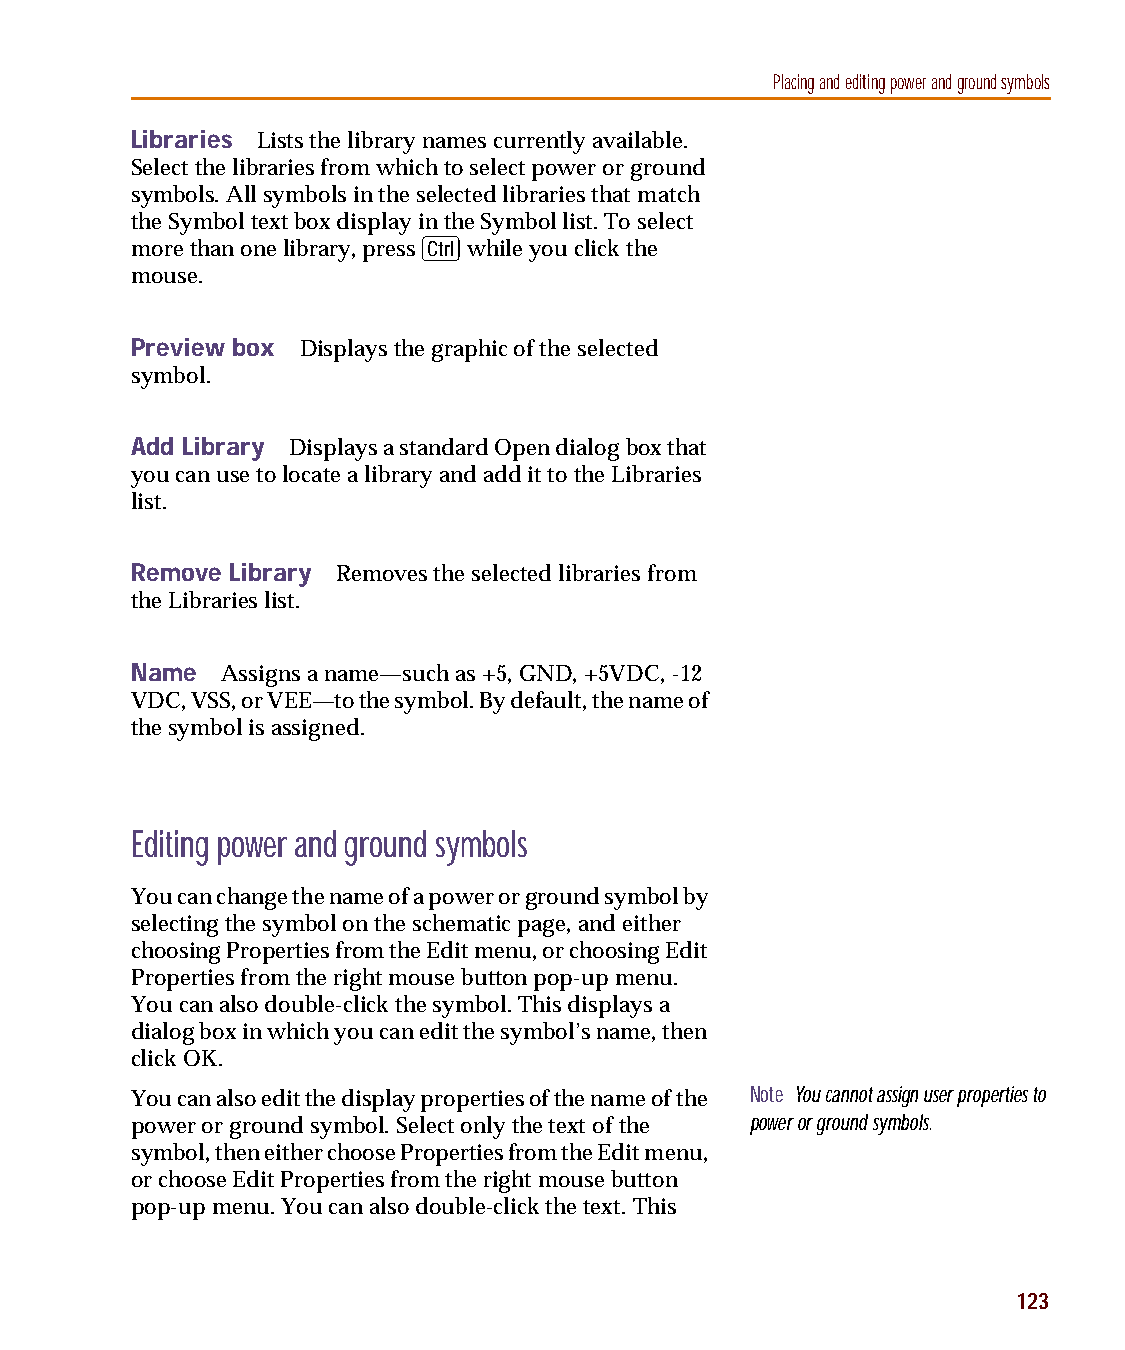
capug.book Page 123 Thursday, November 12, 1998 3:38 PM
 Placing and editing power and ground symbols
 Libraries Lists the library names currently available.
 Select the libraries from which to select power or ground
 symbols. All symbols in the selected libraries that match
 the Symbol text box display in the Symbol list. To select
 C
 more than one library, press while you click the
 mouse.
 Preview box Displays the graphic of the selected
 symbol.
 Add Library Displays a standard Open dialog box that
 you can use to locate a library and add it to the Libraries
 list.
 Remove Library Removes the selected libraries from
 the Libraries list.
 Name  Assigns a name—such as +5, GND, +5VDC, -12
 VDC, VSS, or VEE—to the symbol. By default, the name of
 the symbol is assigned.
 Editing power and ground symbols
 You can change the name of a power or ground symbol by
 selecting the symbol on the schematic page, and either
 choosing Properties from the Edit menu, or choosing Edit
 Properties from the right mouse button pop-up menu.
 You can also double-click the symbol. This displays a
 dialog box in which you can edit the symbol’s name, then
 click OK.
 You can also edit the display properties of the name of the Note You cannot assign user properties to
 power or ground symbol. Select only the text of the power or ground symbols.
 symbol, then either choose Properties from the Edit menu,
 or choose Edit Properties from the right mouse button
 pop-up menu. You can also double-click the text. This
 123